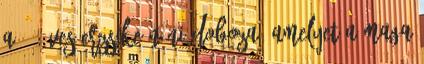
a 86 éves Erzsike néni doboza, amelyet a maga